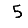
Digit: 5